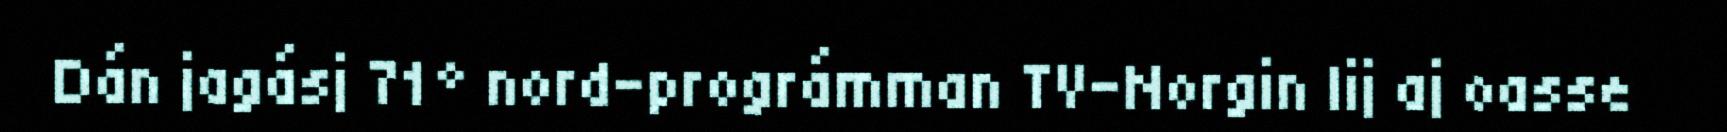
Dán jagásj 71° nord-prográmman TV-Norgin lij aj oasse